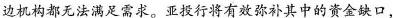
边机构都无法满足需求。亚投行将有效弥补其中的资金缺口，